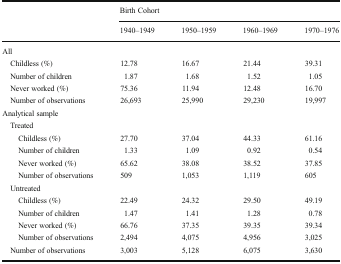
<table><thead><tr><td></td><td colspan="4"><b>Birth Cohort</b></td></tr><tr><td></td><td><b>1940–1949</b></td><td><b>1950–1959</b></td><td><b>1960–1969</b></td><td><b>1970–1976</b></td></tr></thead><tbody><tr><td colspan="5">All</td></tr><tr><td> Childless (%)</td><td>12.78</td><td>16.67</td><td>21.44</td><td>39.31</td></tr><tr><td> Number of children</td><td>1.87</td><td>1.68</td><td>1.52</td><td>1.05</td></tr><tr><td> Never worked (%)</td><td>75.36</td><td>11.94</td><td>12.48</td><td>16.70</td></tr><tr><td> Number of observations</td><td>26,693</td><td>25,990</td><td>29,230</td><td>19,997</td></tr><tr><td colspan="5">Analytical sample</td></tr><tr><td colspan="5"> Treated</td></tr><tr><td>Childless (%)</td><td>27.70</td><td>37.04</td><td>44.33</td><td>61.16</td></tr><tr><td>Number of children</td><td>1.33</td><td>1.09</td><td>0.92</td><td>0.54</td></tr><tr><td>Never worked (%)</td><td>65.62</td><td>38.08</td><td>38.52</td><td>37.85</td></tr><tr><td>Number of observations</td><td>509</td><td>1,053</td><td>1,119</td><td>605</td></tr><tr><td colspan="5"> Untreated</td></tr><tr><td>Childless (%)</td><td>22.49</td><td>24.32</td><td>29.50</td><td>49.19</td></tr><tr><td>Number of children</td><td>1.47</td><td>1.41</td><td>1.28</td><td>0.78</td></tr><tr><td>Never worked (%)</td><td>66.76</td><td>37.35</td><td>39.35</td><td>39.34</td></tr><tr><td>Number of observations</td><td>2,494</td><td>4,075</td><td>4,956</td><td>3,025</td></tr><tr><td> Number of observations</td><td>3,003</td><td>5,128</td><td>6,075</td><td>3,630</td></tr></tbody></table>